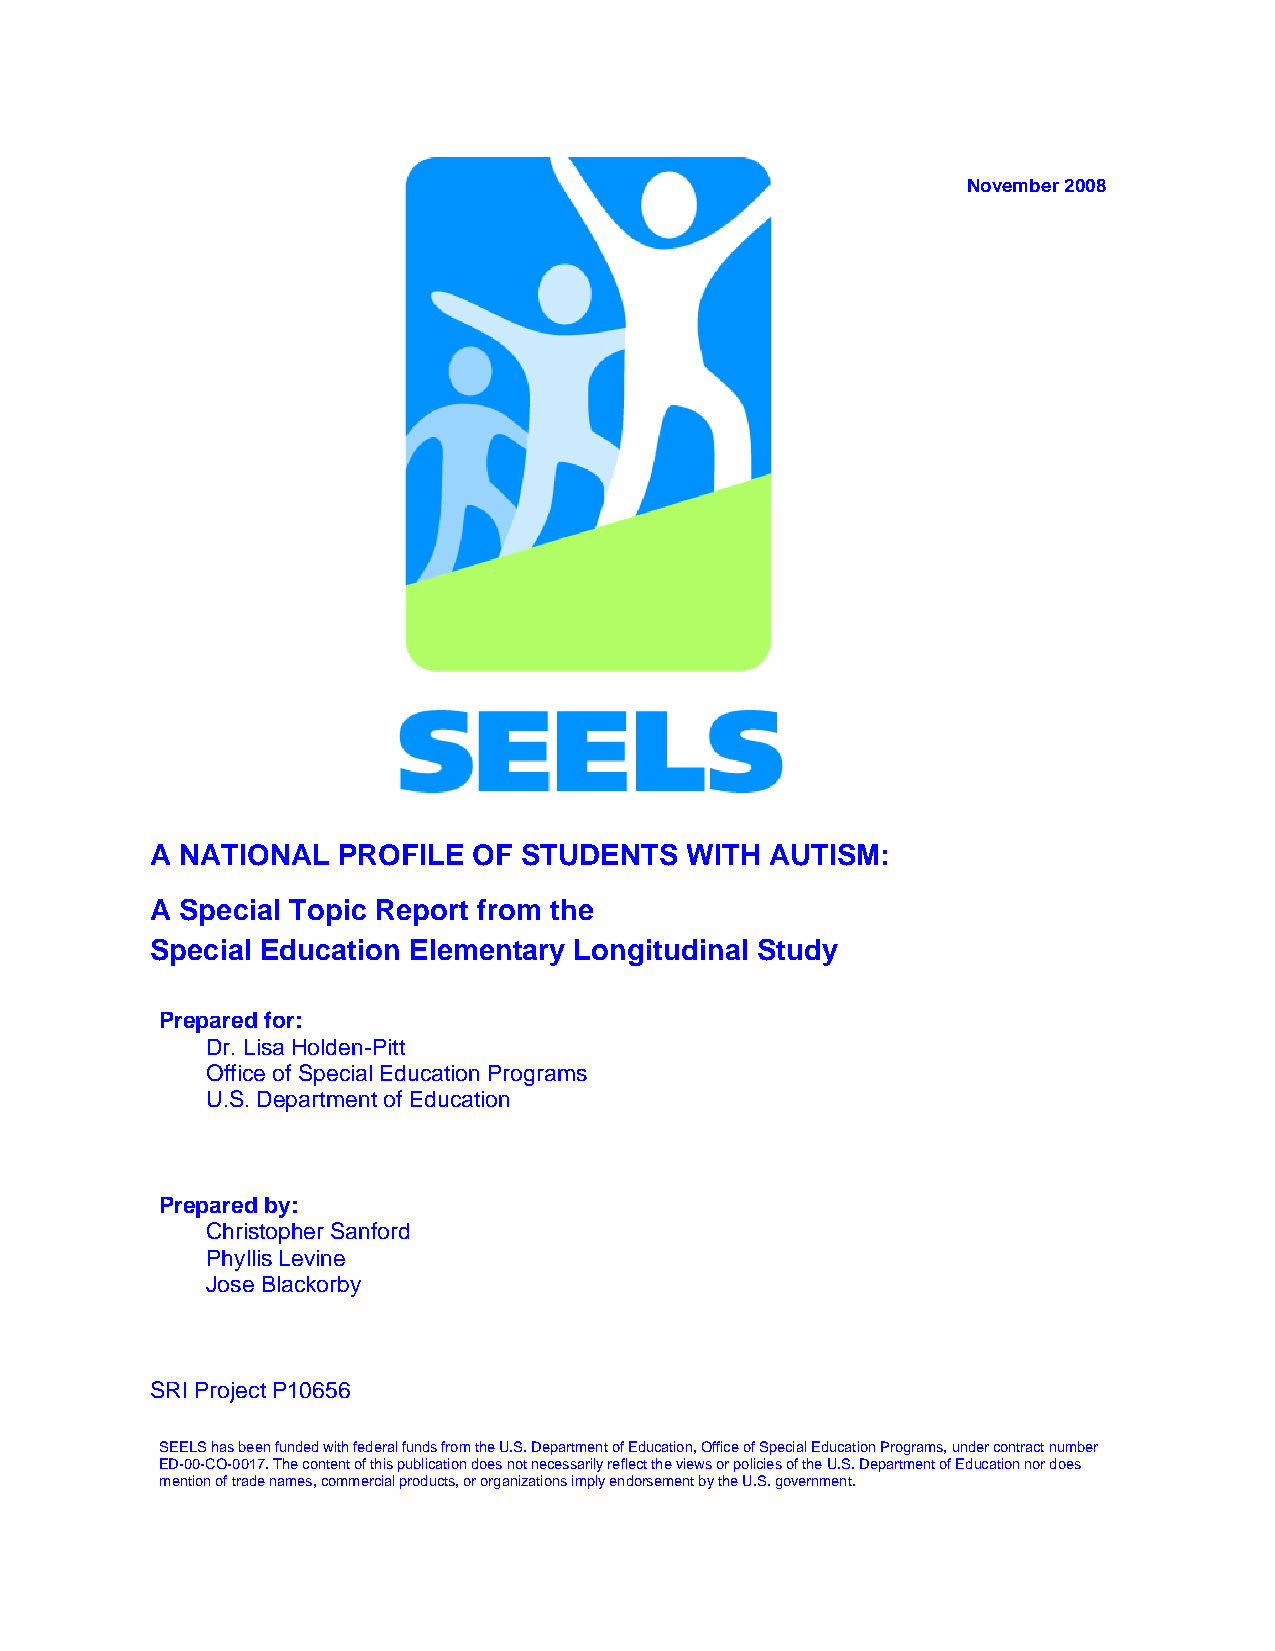
November 2008
 A NATIONAL  PROFILE  OF STUDENTS   WITH  AUTISM:
 A Special Topic Report from the
 Special Education Elementary Longitudinal Study
 Prepared for:
 Dr. Lisa Holden-Pitt
 Office of Special Education Programs
 U.S. Department of Education
 Prepared by:
 Christopher Sanford
 Phyllis Levine
 Jose Blackorby
 SRI Project P10656
 SEELS has been funded with federal funds from the U.S. Department of Education, Office of Special Education Programs, under contract number
 ED-00-CO-0017. The content of this publication does not necessarily reflect the views or policies of the U.S. Department of Education nor does
 mention of trade names, commercial products, or organizations imply endorsement by the U.S. government.